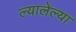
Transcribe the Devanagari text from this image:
ल्यालेल्या